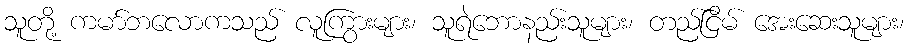
သူတို့ ကမာ်ဘလောကသည် လူကြွားများ၊ သူရဲဘောနည်းသူများ၊ တည်ငြိမ် အေးဆေးသူများ၊